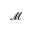
\mathcal { M }